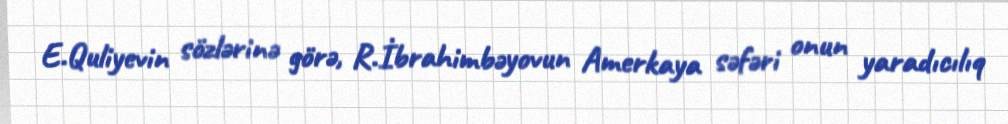
E.Quliyevin sözlərinə görə, R.İbrahimbəyovun Amerkaya səfəri onun yaradıcılıq